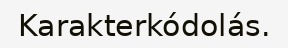
Karakterkódolás.